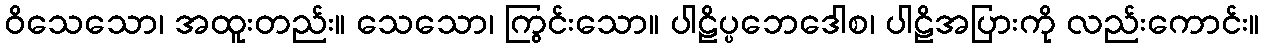
ဝိသေသော၊ အထူးတည်း။ သေသော၊ ကြွင်းသော။ ပါဠိပ္ပဘေဒေါစ၊ ပါဠိအပြားကို လည်းကောင်း။